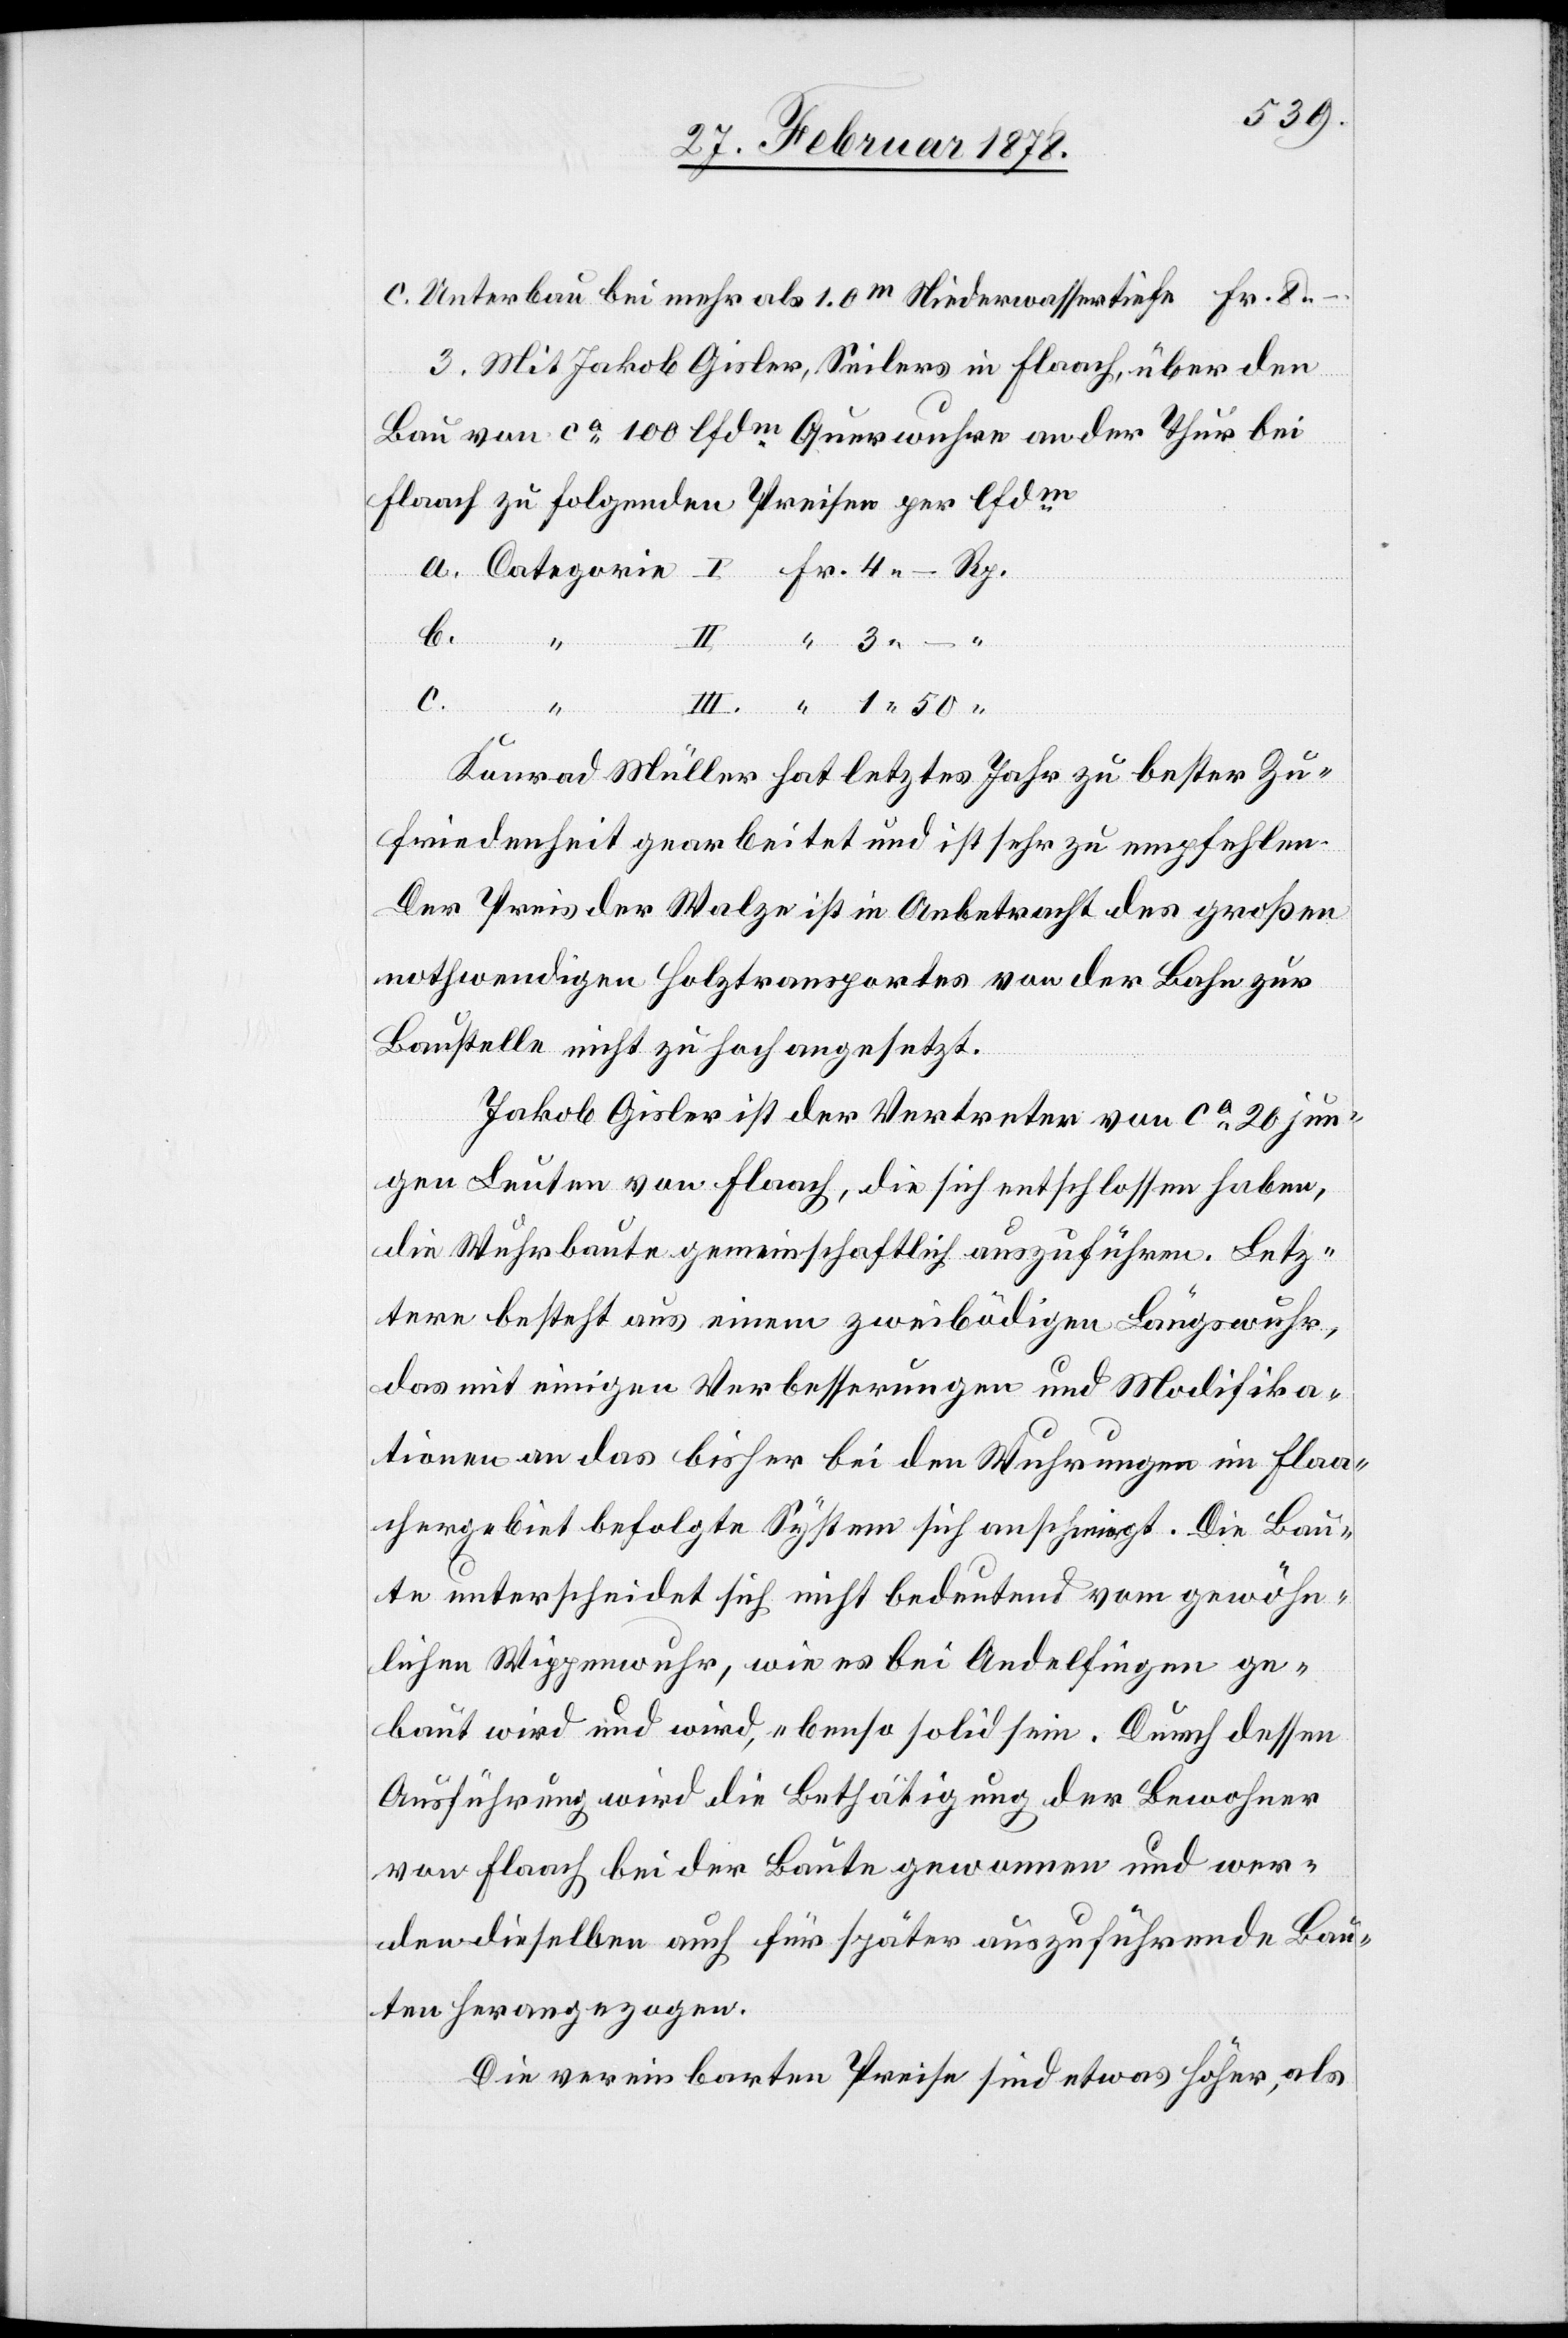
c. Unterbau bei mehr als 1.0m Niederwassertiefe Fr. 8.–
3. Mit Jakob Gisler, Seilers in Flaach, über den
Bau von ca 100 lfdm Querwuhre an der Thur bei
Flaach zu folgenden Preisen per lfdm
b.
“
gorie
1.
“
Konrad Müller hat letztes Jahr zu bester Zu¬
friedenheit gearbeitet und ist sehr zu empfehlen.
Der Preis der Walze ist in Anbetracht des großen
nothwendigen Holztransportes von der Bahn zur
Baustelle nicht zu hoch angesetzt.
Jakob Gisler ist der Vertreter von ca 20 jun¬
gen Leuten von Flaach, die sich entschlossen haben,
die Wuhrbaute gemeinschaftlich auszuführen. Letz¬
tere besteht aus einem zweibödigen Längswuhr,
das mit einigen Verbesserungen und Modifika¬
tionen an das bisher bei den Wuhrungen im Flaa¬
chergebiet befolgte System sich anschmiegt. Die Bau¬
te unterscheidet sich nicht bedeutend vom gewöhn¬
lichen Wippenwuhr, wie es bei Andelfingen ge¬
baut wird und wird ebenso solid sein. Durch dessen
Ausführung wird die Bethätigung der Bewohner
von Flaach bei der Baute gewonnen und wer¬
den dieselben auch für später auszuführende Bau¬
ten herangezogen.
Die vereinbarten Preise sind etwas höher, als